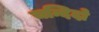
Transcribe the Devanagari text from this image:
चन्दिदो